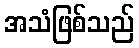
အသံဖြစ်သည်